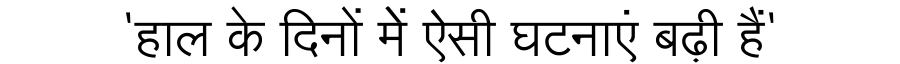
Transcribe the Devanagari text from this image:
'हाल के दिनों मेें ऐसी घटनाएं बढ़ी हैं'